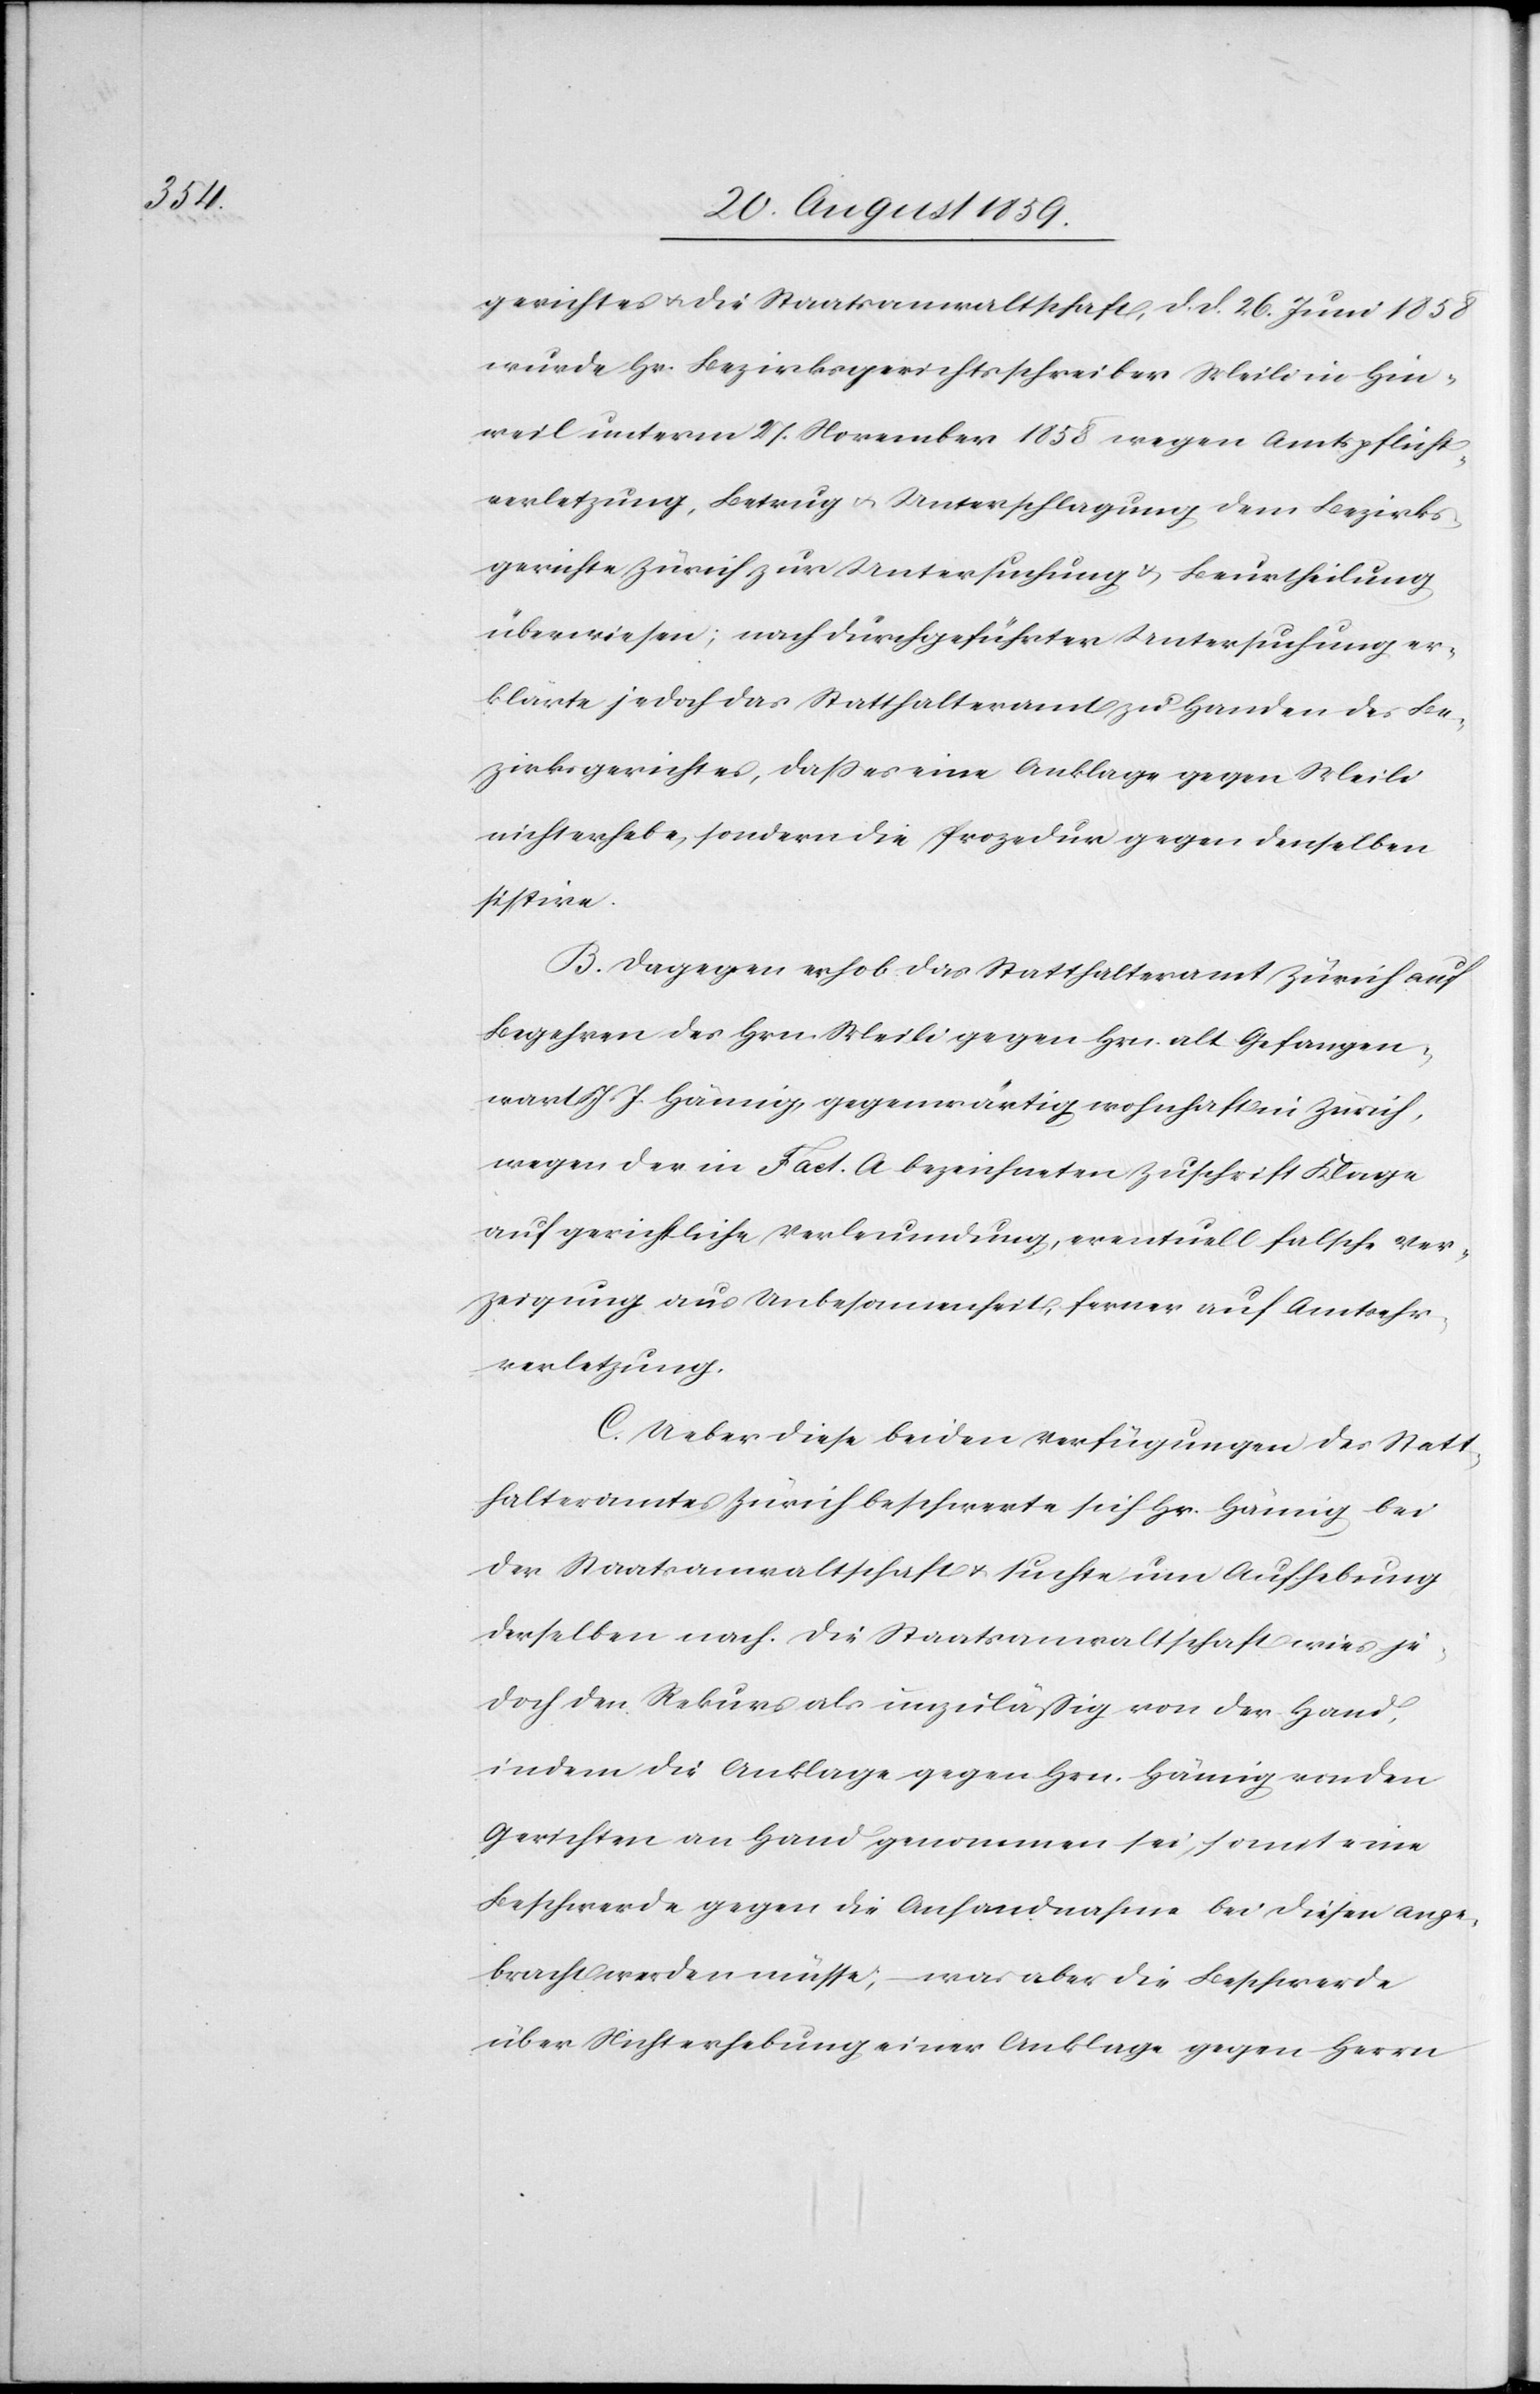
gerichtes & die Staatsanwaltschaft, d. d. 26. Juni 1858
wurde Hr. Bezirksgerichtsschreiber Meili in Hin¬
weil unterm 27. November 1858 wegen Amtspflicht¬
verletzung, Betrug & Unterschlagung dem Bezirks¬
gericht Zürich zur Untersuchung & Beurtheilung
überwiesen, nach durchgeführter Untersuchung er¬
klärte jedoch das Statthalteramt zu Handen des Be¬
zirksgerichtes, daß es eine Anklage gegen Meili
nicht erhebe, sondern die Prozedur gegen denselben
sistire.
B. Dagegen erhob das Statthalteramt Zürich auf
Begehren des Hrn. Meili gegen Hrn. alt Gefangen¬
wart J. J. Hämig, gegenwärtig wohnhaft in Zürich,
wegen der in Fact. A bezeichneten Zuschrift Klage
auf gerichtliche Verleumdung, eventuell falsche Ver¬
zeigung aus Unbesonnenheit, ferner auf Amtsehr¬
verletzung.
C. Ueber diese beiden Verfügungen des Stat¬
thalteramtes Zürich beschwerte sich Hr. Hämig bei
der Staatsanwaltschaft & suchte um Aufhebung
derselben nach. Die Staatsanwaltschaft wies je¬
doch den Rekurs als unzulässig von der Hand,
indem die Anklage gegen Hrn. Hämig von den
Gerichten an Hand genommen sei, somit eine
Beschwerde gegen die Anhandnahme bei diesen ange¬
bracht werden müsse, was aber die Beschwerde
über Nichterhebung einer Anklage gegen Herrn